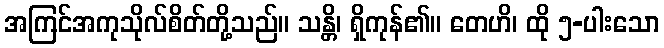
အကြင်အကုသိုလ်စိတ်တို့သည်။ သန္တိ၊ ရှိကုန်၏။ တေဟိ၊ ထို ၅-ပါးသော